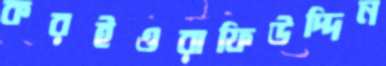
করইওরাফিউদ্দিন